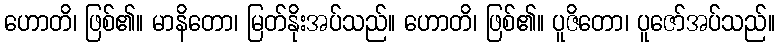
ဟောတိ၊ ဖြစ်၏။ မာနိတော၊ မြတ်နိုးအပ်သည်။ ဟောတိ၊ ဖြစ်၏။ ပူဇိတော၊ ပူဇော်အပ်သည်။